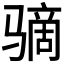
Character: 𫘮